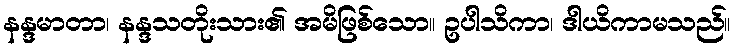
နန္ဒမာတာ၊ နန္ဒသတိုးသား၏ အမိဖြစ်သော။ ဥပါသိကာ၊ ဒါယိကာမသည်။